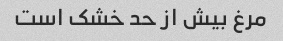
مرغ بیش از حد خشک است